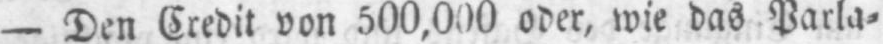
- Den Credit von 500,000 oder, wie das Parla⸗